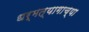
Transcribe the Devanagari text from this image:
धर्मत्यागाच्या